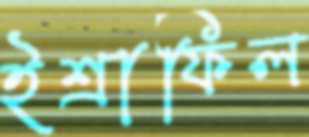
ইশ্রাফিল